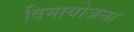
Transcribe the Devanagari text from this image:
विमायोजना